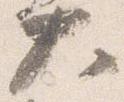
大